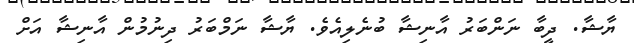
ޔާޝާ. ދީބާ ނަންބަރު އާނިޝާ ބުނެލިއެވެ. ޔާޝާ ނަމްބަރު ދިނުމުން އާނިޝާ އަށް